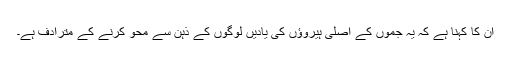
ان کا کہنا ہے کہ یہ جموں کے اصلی ہیروؤں کی یادیں لوگوں کے ذہن سے محو کرنے کے مترادف ہے۔